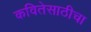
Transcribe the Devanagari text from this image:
कवितेसाठीचा